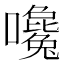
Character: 嚵